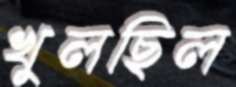
খুলছিল